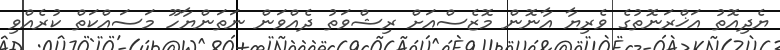
ޔެދިއޮތު އަޚްރަނޮތުގެ ވެރިޔާ އާނޮން މޮޒެސްއަށް ރިޝްވަތު ދެއްވަން ނަތަންޔާހޫ މަސައްކަތް ކުރެއްވި